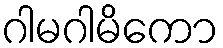
ဂါမဂါမိကော